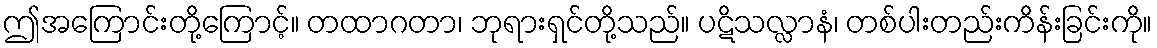
ဤအကြောင်းတို့ကြောင့်။ တထာဂတာ၊ ဘုရားရှင်တို့သည်။ ပဋိသလ္လာနံ၊ တစ်ပါးတည်းကိန်းခြင်းကို။